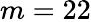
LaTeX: m=22